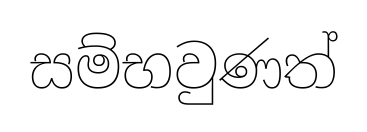
සම්භවුණත්